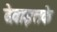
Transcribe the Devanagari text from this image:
देवाइतके